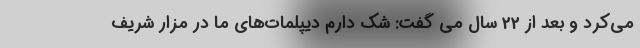
می‌کرد و بعد از 22 سال می گفت: شک دارم دیپلمات‌های ما در مزار شریف